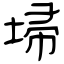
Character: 埽